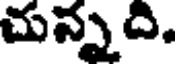
చున్నది.